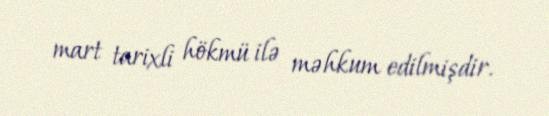
mart tarixli hökmü ilə məhkum edilmişdir.